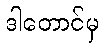
ဒါတောင်မှ